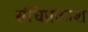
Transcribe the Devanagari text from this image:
संधिप्रकाश